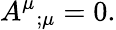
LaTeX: {A^{\mu}}_{;\mu}=0.